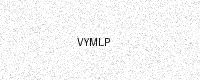
Text: VYMLP